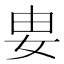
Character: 𡛽